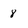
Character: 8